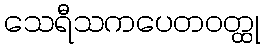
သေရီသကပေတဝတ္ထု